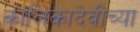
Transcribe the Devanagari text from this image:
कालिकादेवीच्या